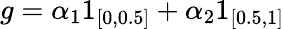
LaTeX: g=\alpha_{1}1_{[0,0.5]}+\alpha_{2}1_{[0.5,1]}